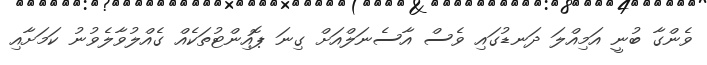
ވެންގާ ބުނީ އަމިއްލަ ދަނޑުގައި ވެސް އާސެނަލްއަށް ގިނަ ޕޮއިންޓުތަކެއް ގެއްލުވާލެވުނު ކަމަށާއި